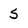
Character: 5